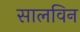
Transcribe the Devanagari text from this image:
सालविन